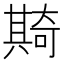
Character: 𠔵